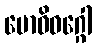
ဗောဓိဝဂ္ဂေါ